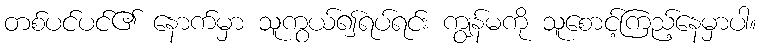
တစ်ပင်ပင်၏ နောက်မှာ သူကွယ်၍ရပ်ရင်း ကျွန်မကို သူစောင့်ကြည့်နေမှာပါ။